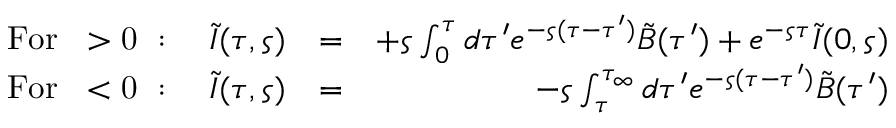
\begin{array} { r l r } { \mathrm { F o r ~ \varsigma > 0 ~ } : \quad \tilde { I } ( \tau , \varsigma ) } & { = } & { + \varsigma \int _ { 0 } ^ { \tau } d \tau ^ { \prime } e ^ { - \varsigma ( \tau - \tau ^ { \prime } ) } \tilde { B } ( \tau ^ { \prime } ) + e ^ { - \varsigma \tau } \tilde { I } ( 0 , \varsigma ) } \\ { \mathrm { F o r ~ \varsigma < 0 ~ } : \quad \tilde { I } ( \tau , \varsigma ) } & { = } & { - \varsigma \int _ { \tau } ^ { \tau _ { \infty } } d \tau ^ { \prime } e ^ { - \varsigma ( \tau - \tau ^ { \prime } ) } \tilde { B } ( \tau ^ { \prime } ) } \end{array}